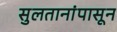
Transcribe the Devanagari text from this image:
सुलतानांपासून